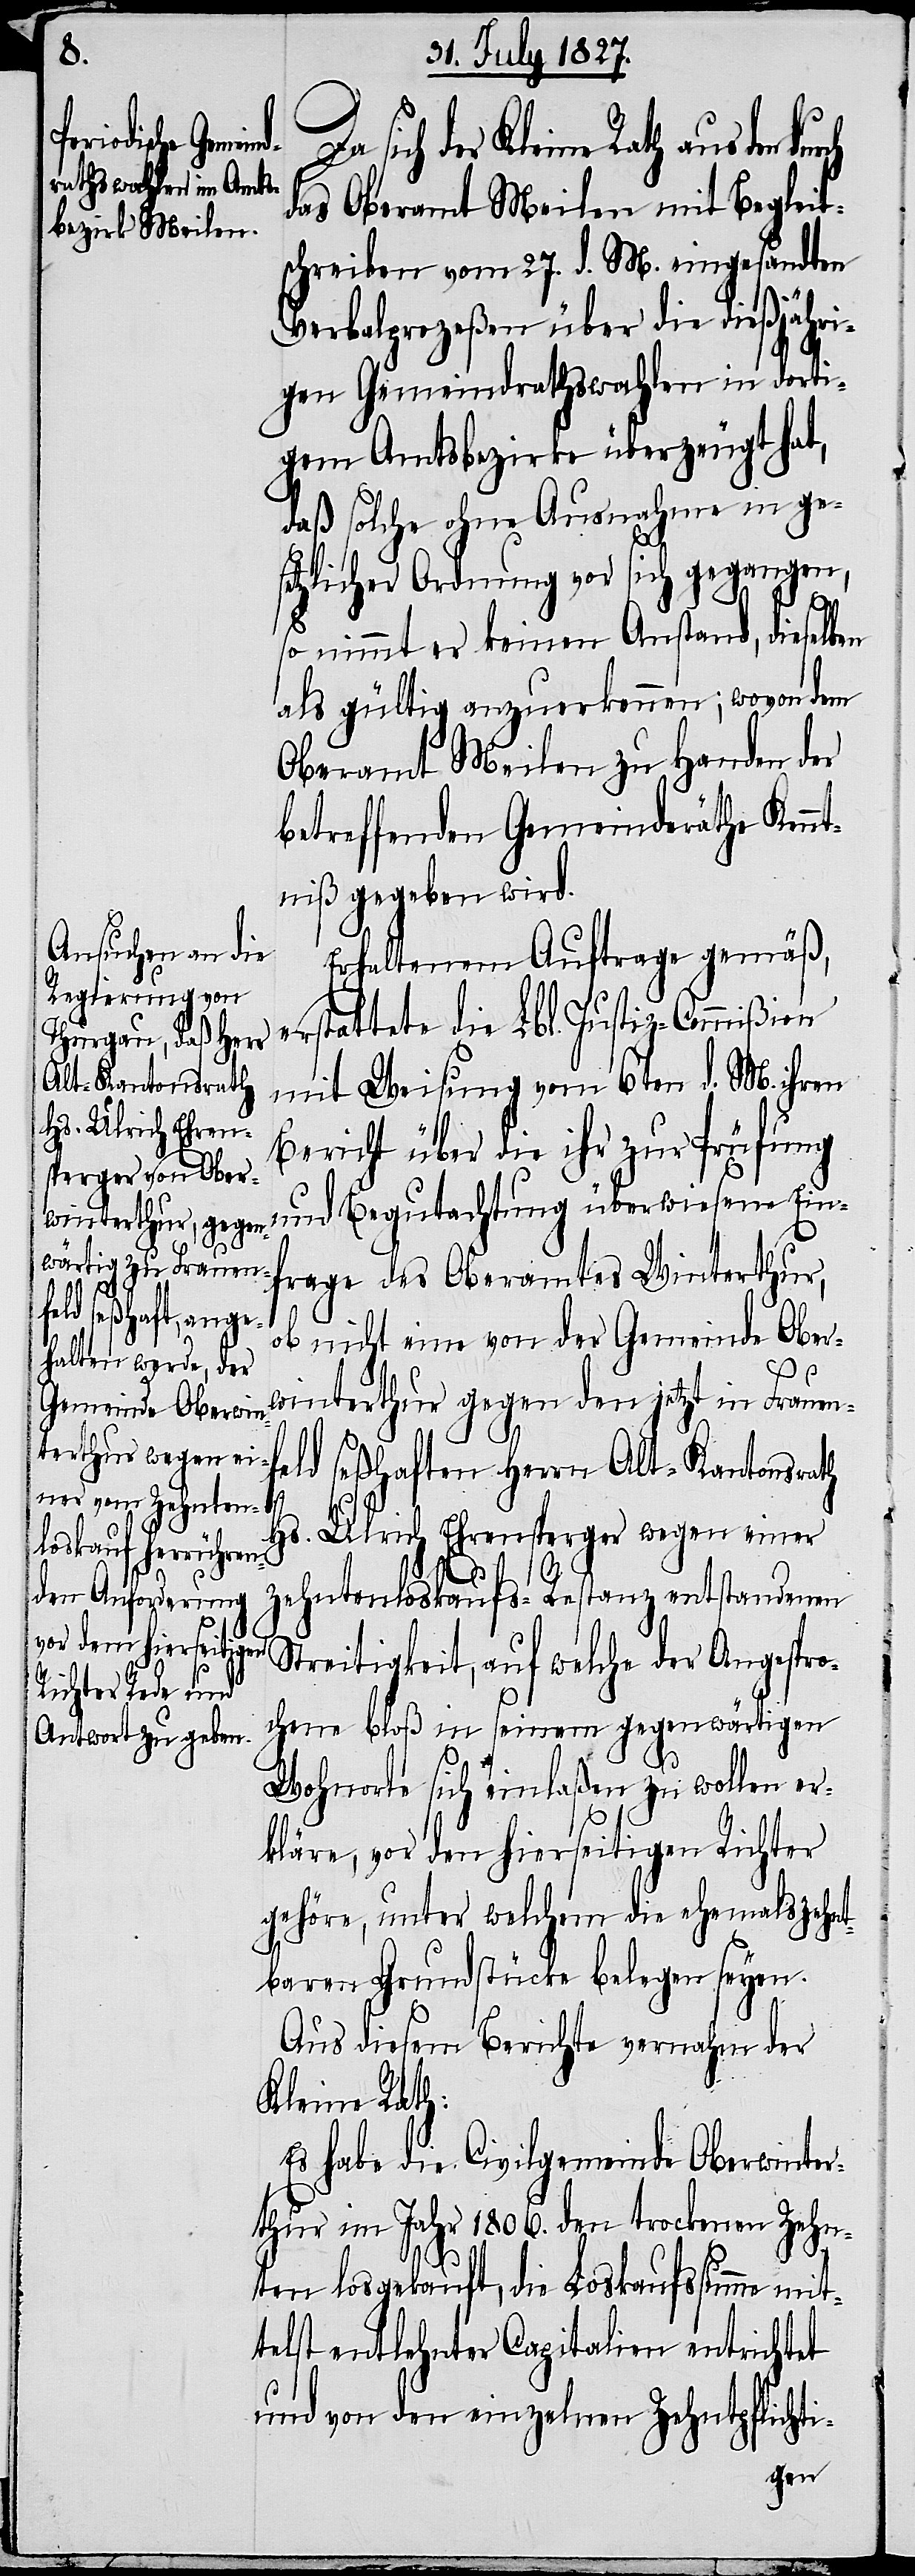
frage des Oberamtes Winterth¬
das Oberamt Meilen mit Begleit¬
schreiben vom 27. d. M. eingesandten
Verbalprozeßen über die dießjähri¬
gen Gemeindrathswahlen in dorti¬
gem Amtsbezirke überzeugt hat,
daß solche ohne Ausnahme in ge¬
setzlicher Ordnung vor sich gegangen,
so nimmt er keinen Anstand, dieselben
als gültig anzuerkennen; wovon dem
Oberamt Meilen zu Handen der
betreffenden Gemeinderäthe Kenn¬
tniß gegeben wird.
Erhaltenem Auftrage gemäß,
erstattete die Lbl. Justiz-Commißion
mit Weisung vom 6ten d. M. ihren
Bericht über die ihr zur Prüfung
und Begutachtung überwiesene Ein¬
ob nicht eine von der Gemeinde Ober¬
ur,
winterthur gegen den jetzt in Frauenf¬
durch
eld seßhaften Herrn Alt-Kantonsrath
Hs. Ulrich Ehrensperger wegen einer
Zehntenloskaufs-Restanz entstandenen
Streitigkeit, auf welche der Angespro¬
chene bloß in seinem gegenwärtigen
Wohnorte sich einlaßen zu wollen er¬
kläre, vor den hierseitigen Richter
gehöre, unter welchem die ehemals zehn¬
tbaren Grundstücke belegen seyen.
Aus diesem Bericht vernahm der
Kleine Rath:
Es habe die Civilgemeinde Oberwinter¬
thur im Jahr 1806. den trockenen Zehn¬
ten losgekauft, die Loskaufssumme mit¬
telst entlehnter Capitalien entrichtet
und von den einzelnen Zehntpflichti-